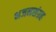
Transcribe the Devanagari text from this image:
भजनसंग्रह